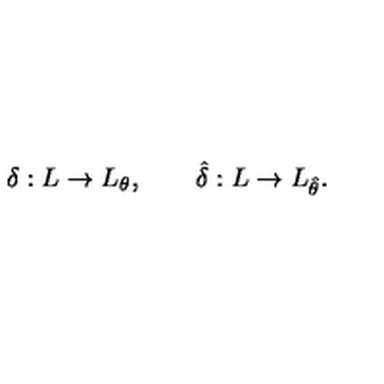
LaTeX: \delta : L \to L _ { \theta } , \qquad \hat { \delta } : L \to L _ { \hat { \theta } } .